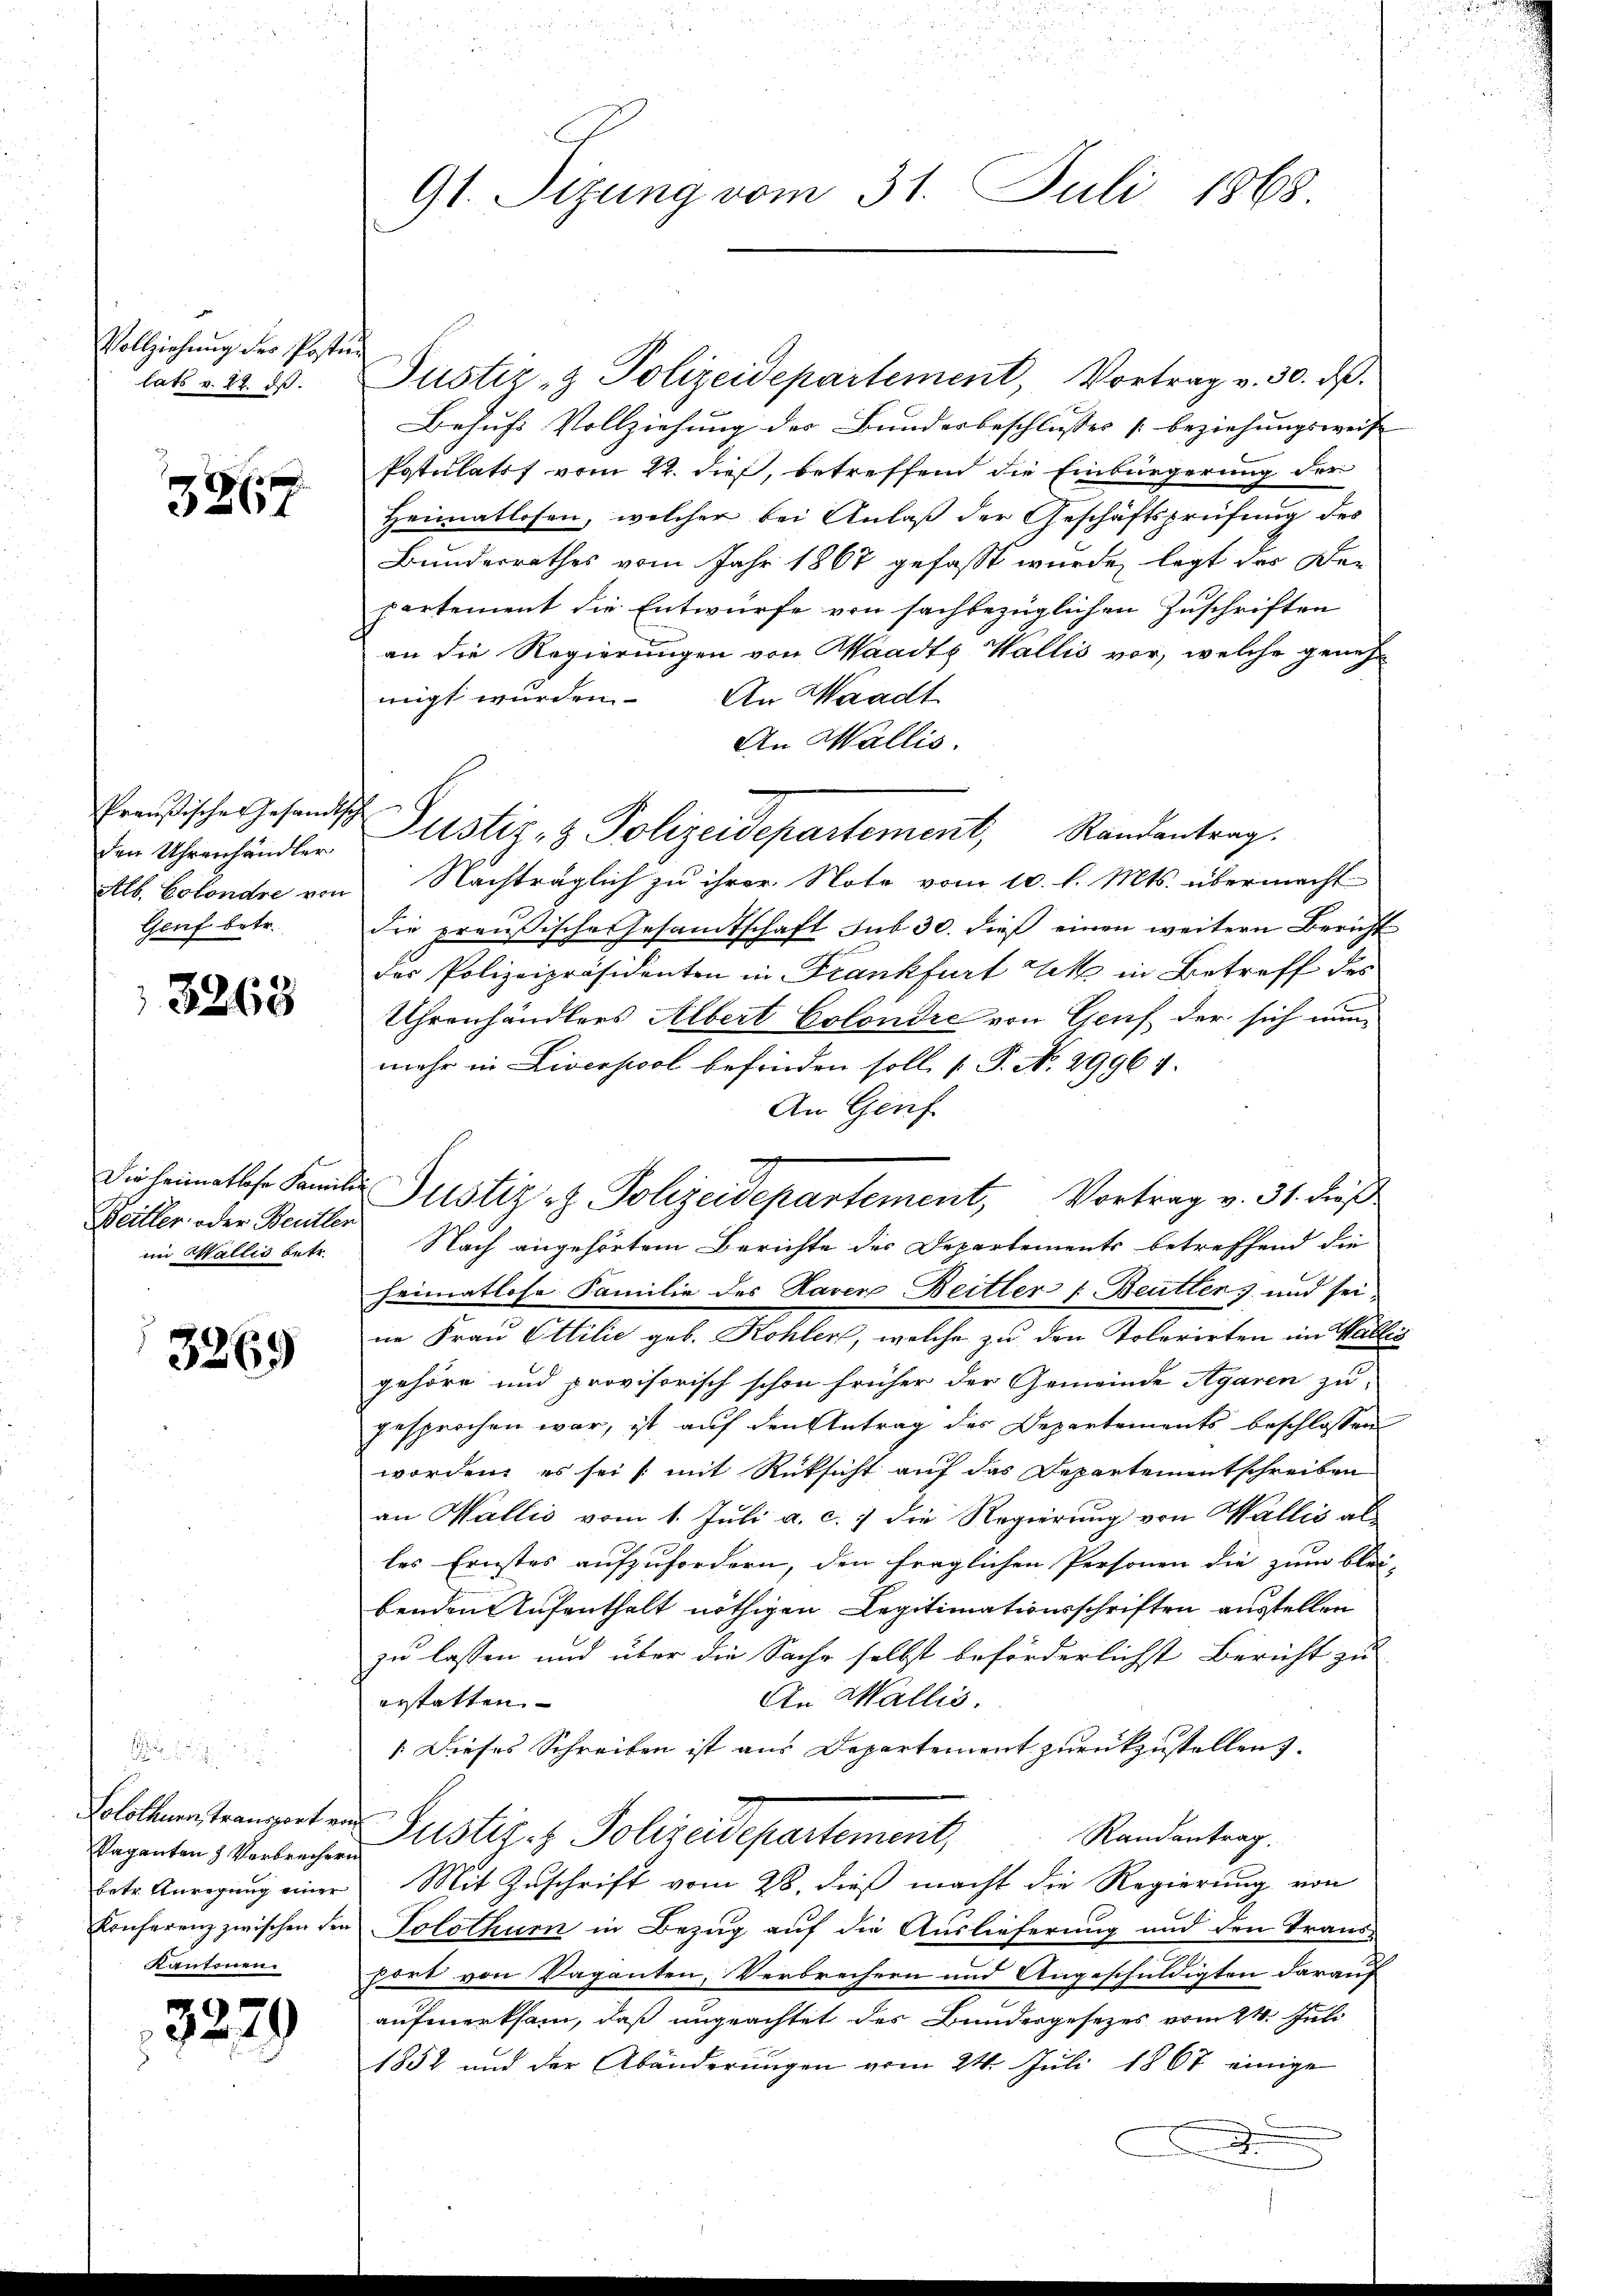
Vollziehung des Posten
lats v. 27. ds.

3267

Preußisches Gesandtsche
den Uhrenhändler
Alb. Colondre von

3268

Die Heimatlose Familie
Britter oder Beutter
im Wallis betr.

3269

Solothurn, Transport von
Paganten Verbrechern
betr. Anregung einer
Konferenz zwischen den
Kantonen.

3279

91. Sizung vom 31. Juli 1868.

Justiz- & Polizeidepartement, Vortrag v. 30. ds.
Behufs Vollziehung der Bunderbeschlusses beziehungsweise
Postulatif vom 22. dieß, betreffend die Einbürgerung der
Heimatlosen, welcher bei Anlaß der Geschäftsprüfung des
Bundesrathes vom Jahr 1867 gefasst wurde, legt der Departement die Entwurfe von sachbezüglichen Zuschriften
an die Regierungen von Waadt Wallis vor, welche genehmigt wurden.
An Waadt
An Wallis.
Nachträglich zu ihrer Note vom 10. l. Mts. übermacht
Genf betr. die preußische Gesamtschaft sub 30. dieβ einen weitern Bericht
des Polizeipräsidenten in Frankfurt ko in Betreff des
Uhrenhändlers Albert Colondre von Genf der sich nun
mehr in Liverpool befinden soll (T. N. 29964.
An Genf.
Justiz- & Polizeidepartement, Vortrag v. 31. dieß
Nach angehörtem Berichte der Departements betreffend die
heimatlose Familie des Haver Beitler (Beuten) und seine Frau Ettilie geb. Kohler, welche zu den Tolerirten im Wallis
gehöre und provisorisch schon früher der Gemeinde Agaren zu-
gesprochen war, ist auf den Antrag des Departements beschlossen
worden, es sei (mit Rüksicht auf das Departementschreiben
an Wallis vom 1. Juli a. c.) die Regierung von Wallis al
les Ernstes aufzufordern, den fraglichen Personen die zum blei-
benden Aufenthalt nöthigen Legitimationsschriften ausstellen
zu lassen und über die Sache selbst beförderlichst Bericht zu
An Wallis.
erstatten. |
Dieses Schreiben ist aus Departement zurückzustellen.
Justiz & Polizeidepartement,
Randantrag.
Mit Zuschrift vom 28. dieß macht die Regierung von
Tolothur in Bezug auf die Auslieferung und den Traus-
fort von Vaganten, Verbrechern und Angeschuldigten darauf
aufmerksam, daß ungeachtet des Bundesgesezes vom 24. Juli
1852 und der Abänderungen vom 24. Juli 1867 einige

Justiz- & Polizeidepartement, Randantrag.